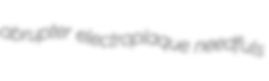
abrupter electroplaque needfuls